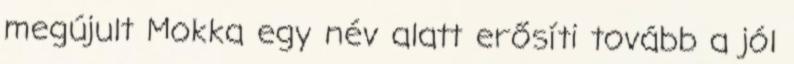
megújult Mokka egy név alatt erősíti tovább a jól